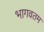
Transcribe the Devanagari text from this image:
भागवतम